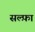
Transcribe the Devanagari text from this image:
सल्फ़ा